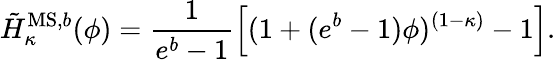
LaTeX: \tilde{H}_{\kappa}^{\mathrm{MS,}b}(\phi)=\frac{1}{e^{b}-1}\left[(1+(e^{b}-1)\phi)^{(1-\kappa)}-1\right].